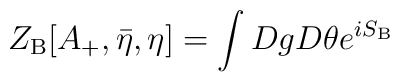
Z_{{\rm B}}[A_+,{\bar \eta},\eta] = \int Dg D\theta e^{i S_{{\rm B}}}